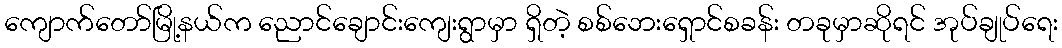
ကျောက်တော်မြို့နယ်က ညောင်ချောင်းကျေးရွာမှာ ရှိတဲ့ စစ်ဘေးရှောင်စခန်း တခုမှာဆိုရင် အုပ်ချုပ်ရေး